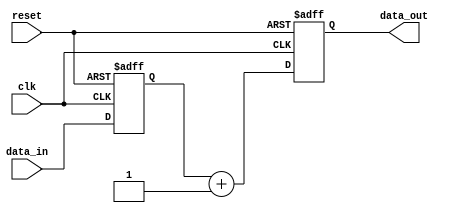
module edge_triggered_behavior (
    input wire clk,         // Clock signal
    input wire reset,       // Reset signal
    input wire [3:0] data_in, // Input data
    output reg [3:0] data_out // Output data
);

// Internal state register
reg [3:0] state;

// Initialization on power-up
initial begin
    state = 4'b0000; // Initial state
    data_out = 4'b0000; // Initial output
end

// Always block sensitive to the negative edge of the clock
always @(negedge clk or posedge reset) begin
    if (reset) begin
        // Reset condition: set state and output to initial values
        state <= 4'b0000;
        data_out <= 4'b0000;
    end else begin
        // State transition based on input data
        state <= data_in; // Update state with input data
        
        // Output logic based on the current state
        data_out <= state + 1; // Example logic: increment state for output
    end
end

endmodule